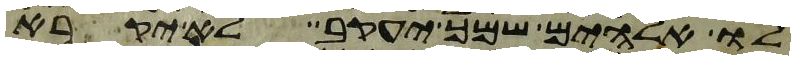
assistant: לו אלהים שמך יעקב לא יקרא